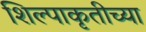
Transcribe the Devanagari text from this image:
शिल्पाकृतीच्या